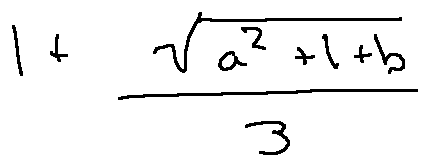
1 + \frac { \sqrt { a ^ { 2 } + 1 + b } } { 3 }